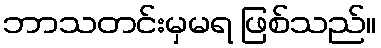
ဘာသတင်းမှမရ ဖြစ်သည်။